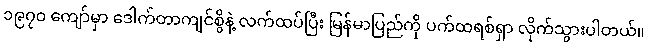
၁၉၇၀ ကျော်မှာ ဒေါက်တာကျင်စွိနဲ့ လက်ထပ်ပြီး မြန်မာပြည်ကို ပက်ထရစ်ရှာ လိုက်သွားပါတယ်။